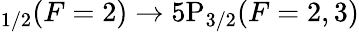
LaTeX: _{1/2}(F=2)\rightarrow 5\mathrm{P}_{3/2}(F=2,3)